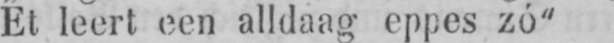
Et leert een alldaag eppes zó“